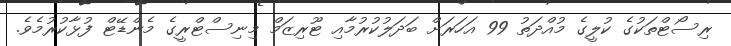
ރިސޯޓްތަކުގެ ކުލީގެ މުއްދަތު 99 އަހަރަށް ބަދަލުކުރުމާއި ޓޫރިޒަމް މިނިސްޓްރީގެ މެންޑޭޓް ފުޅާކުރުމެވެ.